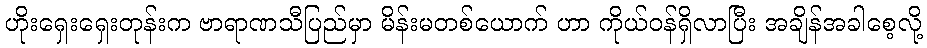
ဟိုးရှေးရှေးတုန်းက ဗာရာဏသီပြည်မှာ မိန်းမတစ်ယောက် ဟာ ကိုယ်ဝန်ရှိလာပြီး အချိန်အခါစေ့လို့